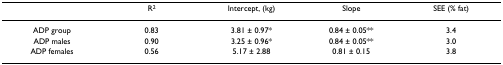
|  | R2 | Intercept, (kg) | Slope | SEE (% fat) |
 | --- | --- | --- | --- | --- |
 | ADP group | 0.83 | 3.81 ± 0.97* | 0.84 ± 0.05** | 3.4 |
 | ADP males | 0.90 | 3.25 ± 0.96* | 0.84 ± 0.05** | 3.0 |
 | ADP females | 0.56 | 5.17 ± 2.88 | 0.81 ± 0.15 | 3.8 |